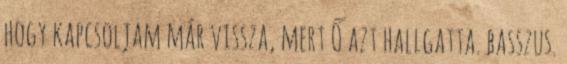
hogy kapcsoljam már vissza, mert Ő azt hallgatta. basszus.